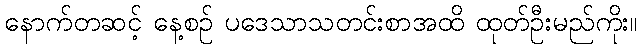
နောက်တဆင့် နေ့စဉ် ပဒေသာသတင်းစာအထိ ထုတ်ဦးမည်ကိုး။